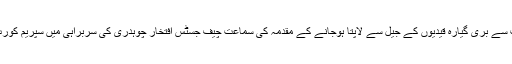
دہشت گردی کے چار مقدمات سے بری گیارہ قیدیوں کے جیل سے لاپتا ہوجانے کے مقدمہ کی سماعت چیف جسٹس افتخار چوہدری کی سربراہی میں سپریم کورٹ کے تین رکنی بنچ نے کی ۔